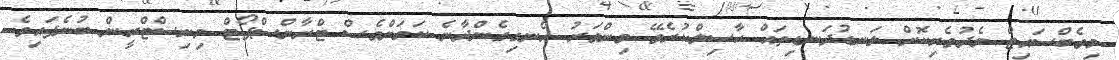
މިވެބްސައިޓް މެދުވެރިކޮށް ލަނޑުދަނޑިތައް ހާސިލްކުރެވޭ މިންވަރު އެނގިގެންދާނެ ކަމަށްވެސް ޓްރާންސްޕޯޓް މިނިސްޓްރީން ބުނެފައިވެ